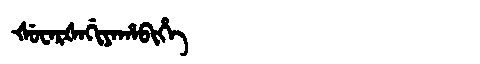
Manchu: ᡧᡠᠸᠠᡵᡧᠠᡤᡳᠶᠠᡥᠠᠪᡳᡥᡝ
Romanization: ŠUWARŠAGIYAHABIHE